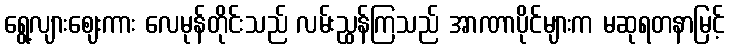
ရွေ့လျားဈေးကား လေမုန်တိုင်းသည် လမ်းညွှန်ကြသည် အာဏာပိုင်များက မဆုရတနာမြင့်